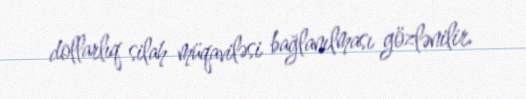
dollarlıq silah müqaviləsi bağlanılması gözlənilir.